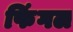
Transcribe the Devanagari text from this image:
फिंगल